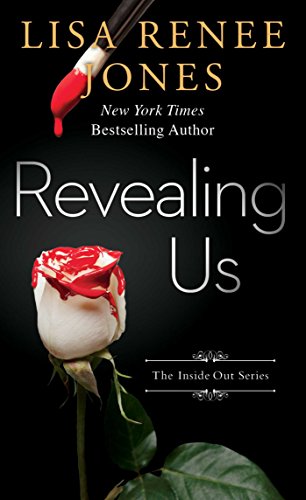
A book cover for Revealing Us (The Inside Out Series); Lisa Renee Jones; Romance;